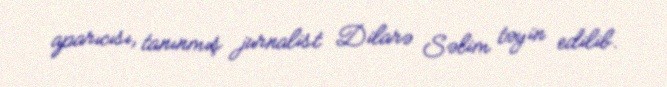
aparıcısı, tanınmış jurnalist Dilarə Səlim təyin edilib.